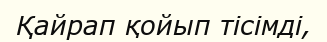
Қайрап қойып тісімді,